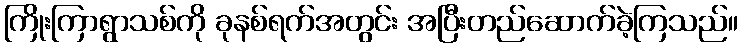
ကြိုးကြာရွာသစ်ကို ခုနစ်ရက်အတွင်း အပြီးတည်ဆောက်ခဲ့ကြသည်။